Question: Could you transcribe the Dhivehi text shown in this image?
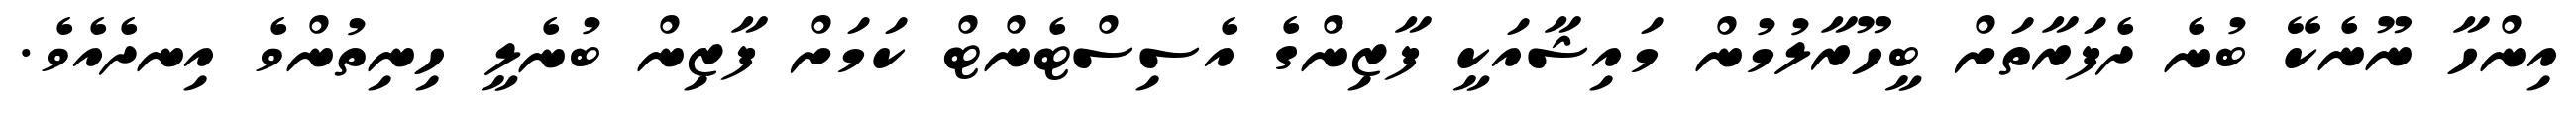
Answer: އިންހާ ނޫނެކޭ ބުނެ ދެފަރާތަށް ބީހޫރާލުމުން މައިޝާއަކީ ފާޒިންގެ އެސިސްޓެންޓް ކަމަށް ފާޒިން ބުނެލީ ހިނިތުންވެ އިނދެއެވެ.